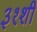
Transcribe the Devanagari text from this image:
३१शी